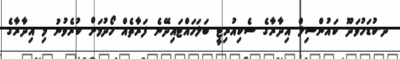
ދ.ކުޑަހުވަދޫ ކައުންސިލް އިދާރާގެ ސެކިއުރިޓީ ބަލަހައްޓައިދޭނެ ފަރާތެއް ހޯދުމަށް ކުރެވުނު މި އިދާރާގެ